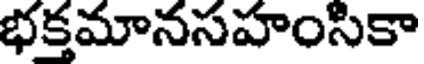
భక్తమానసహంసికా